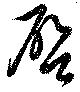
啓